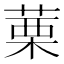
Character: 䔁